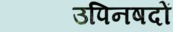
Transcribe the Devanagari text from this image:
उपिनषदों